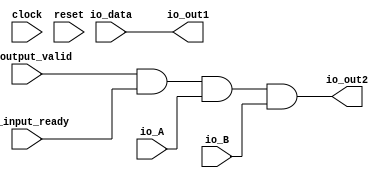
module Test(
  input         clock,
  input         reset,
  input         io_A,
  input         io_B,
  input  [31:0] io_data,
  input         io_output_valid,
  input         io_input_ready,
  output [31:0] io_out1,
  output        io_out2
);
  assign io_out1 = io_data; // @[Test.scala 16:11]
  assign io_out2 = io_output_valid & io_input_ready & io_A & io_B; // @[Test.scala 17:56]
endmodule